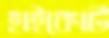
হাইকোর্ট